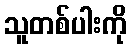
သူတစ်ပါးကို